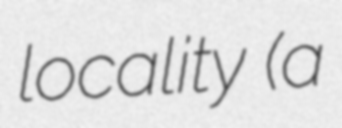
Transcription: locality (a